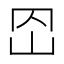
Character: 𡵠